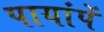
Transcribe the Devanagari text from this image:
पायांपें